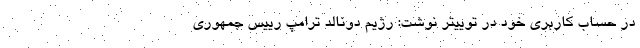
در حساب کاربری خود در توییتر نوشت: رژیم دونالد ترامپ رییس جمهوری